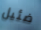
ضئيل